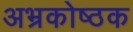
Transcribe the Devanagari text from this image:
अभ्रकोष्ठक